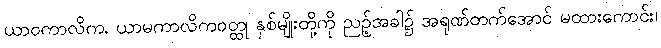
ယာဝကာလိက, ယာမကာလိကဝတ္ထု နှစ်မျိုးတို့ကို ညဉ့်အခါ၌ အရုဏ်တက်အောင် မထားကောင်း၊